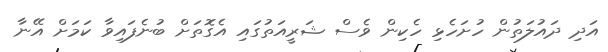
އަދި ދައުލަތުން ހުށަހެޅި ހެކިން ވެސް ޝަރީއަތުގައި އެގޮތަށް ބުނެފައިވާ ކަމަށް އޭނާ